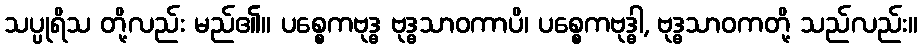
သပ္ပုရိသ တို့လည်း မည်၏။ ပစ္စေကဗုဒ္ဓ ဗုဒ္ဓသာဝကာပိ၊ ပစ္စေကဗုဒ္ဓါ, ဗုဒ္ဓသာဝကတို့ သည်လည်း။